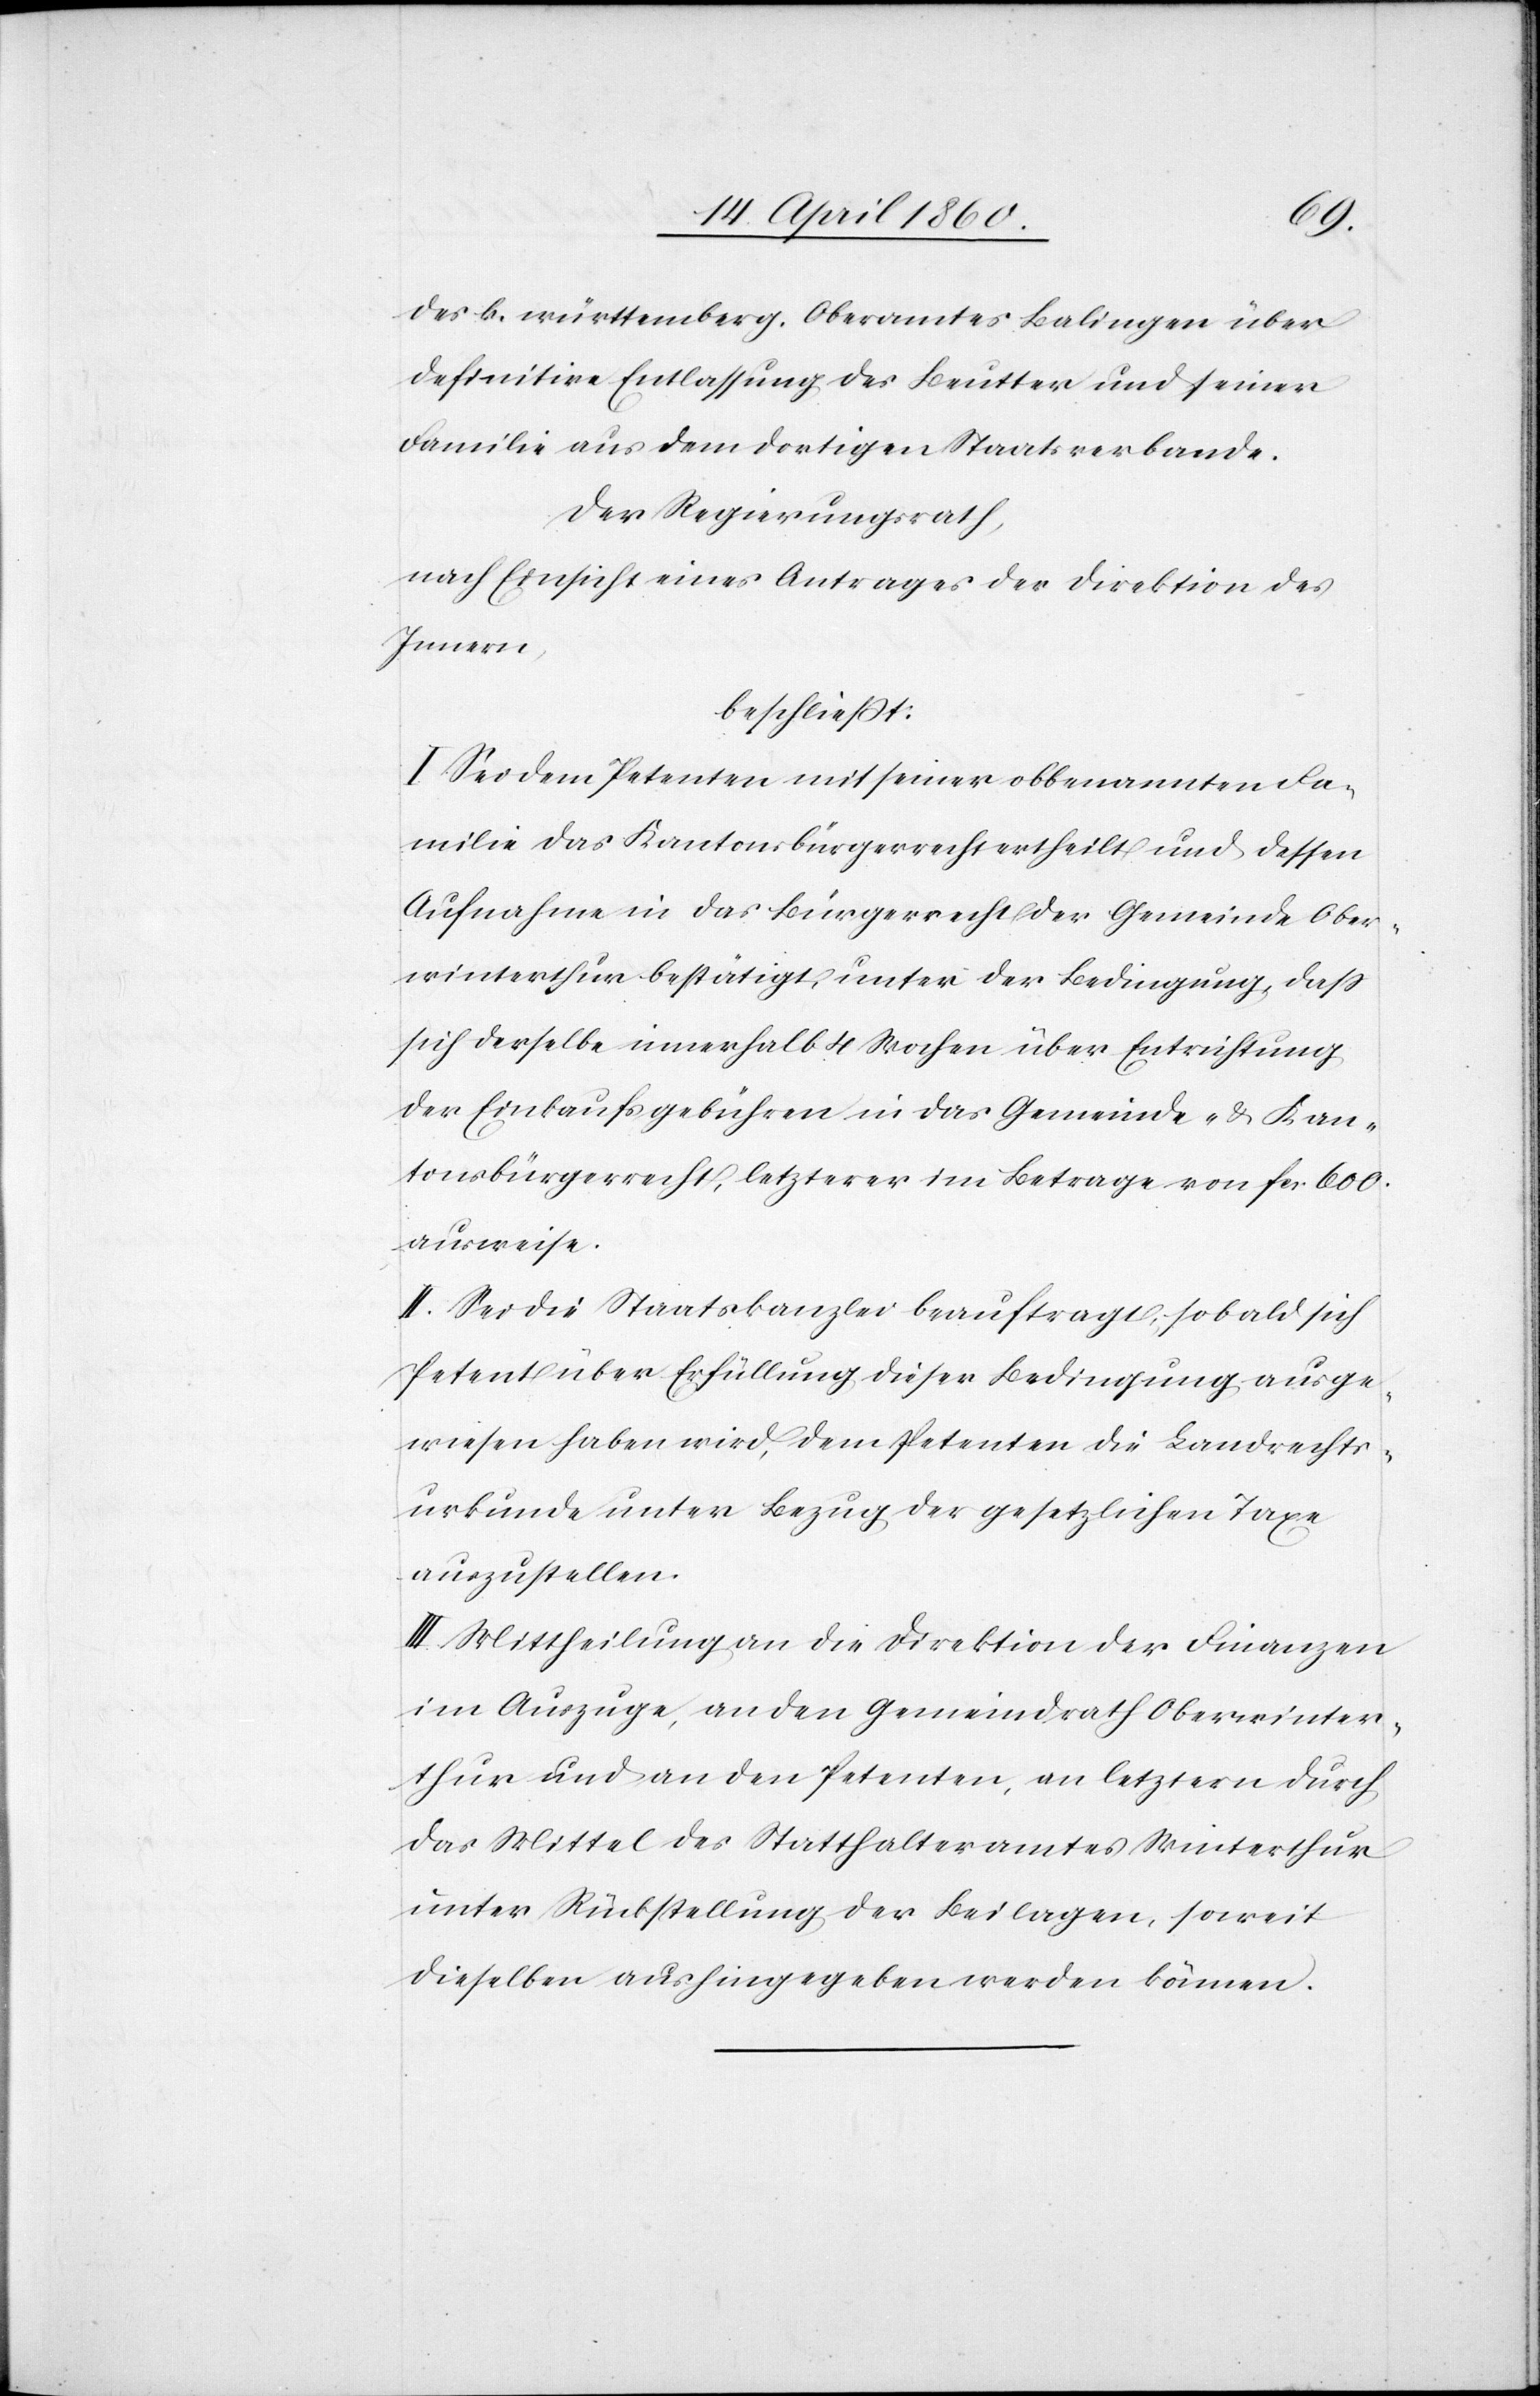
des k. württemberg. Oberamtes Balingen über
definitive Entlassung des Beutter und seiner
Familie aus dem dortigen Staatsverbande.
Der Regierungsrath,
nach Einsicht eines Antrages der Direktion des
Innern,
beschliesst:
I. Sei dem Petenten mit seiner obbenannten Fa¬
milie das Kantonsbürgerrecht ertheilt und dessen
Aufnahme in das Bürgerrecht der Gemeinde Ober¬
winterthur bestätigt, unter der Bedingung, dass
sich derselbe innerhalb 4 Wochen über Entrichtung
der Einkaufsgebühren in das Gemeinde- u. Kan¬
tonsbürgerrecht, letzterer im Betrage von fcs. 600.
ausweise.
II. Sei die Staatskanzlei beauftragt, sobald sich
Petent über Erfüllung dieser Bedingung ausge¬
wiesen haben wird, dem Petenten die Landrechts¬
urkunde unter Bezug der gesetzlichen Taxe
auszustellen.
III. Mittheilung an die Direktion der Finanzen
im Auszuge, an den Gemeindrath Oberwinter¬
thur und an den Petenten, an letztern durch
das Mittel des Statthalteramtes Winterthur
unter Rückstellung der Beilagen, soweit
dieselben aushingegeben werden können.